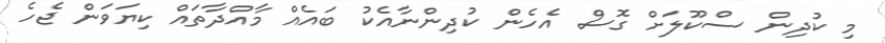
މި ކުދިން ސްކޫލަށް ގޮސް އެހެން ކުދިންނާއެކު ބައެއް މާއްދާތައް ކިޔަވަން ޖެހެ